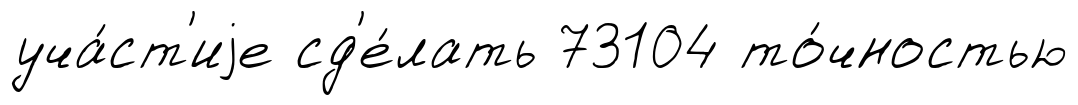
уча́ст'иjе сд'е́лать 73104 то́чностью